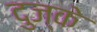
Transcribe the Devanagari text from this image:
दुज्के